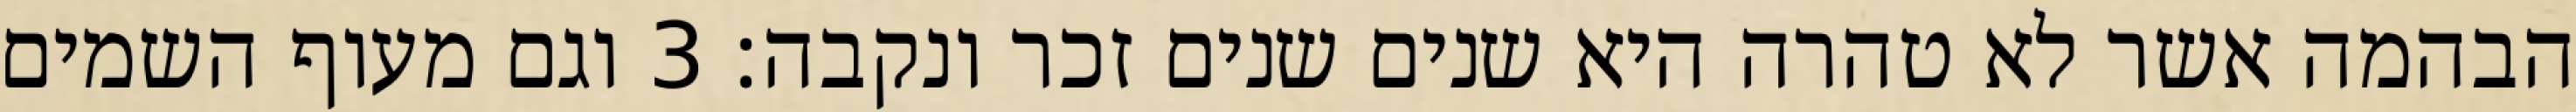
הבהמה אשר לא טהרה היא שנים שנים זכר ונקבה׃ ‎3‏ וגם מעוף השמים